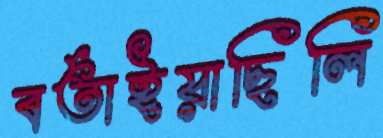
বর্তাইয়াছিলি